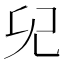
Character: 𠑼